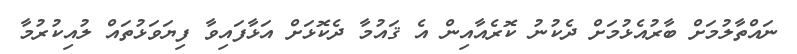
ނައްތާލުމަށް ބާރުއެޅުމަށް ދެކުނު ކޮރެއާއިން އެ ޤައުމާ ދެކޮޅަށް އަޅާފައިވާ ފިޔަވަޅުތައް ލުއިކުރުމާ